Vaccine operations Central Provinces 1886-1899 - 1886-1899
Year: 1886
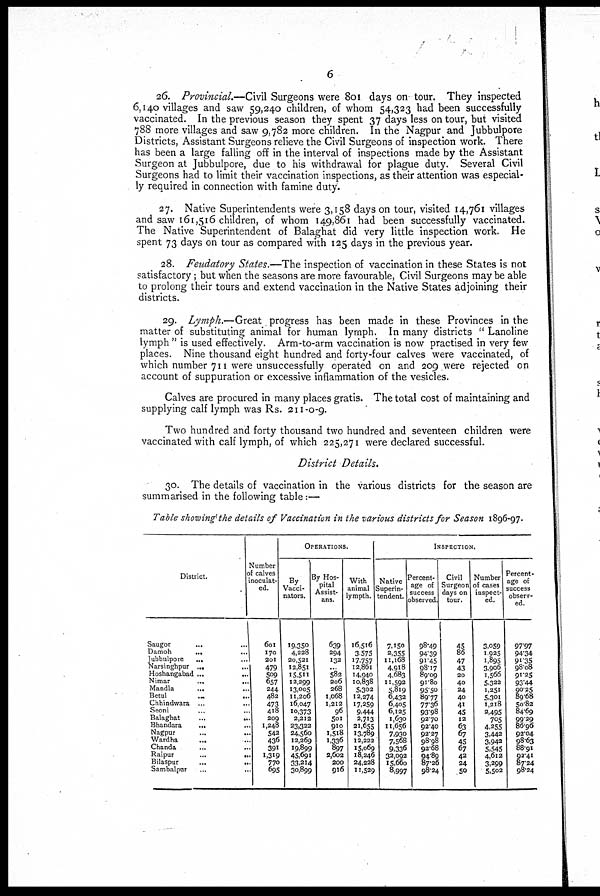
6
26. Provincial.—Civil Surgeons were 801 days on tour. They inspected
6,140 villages and saw 59,240 children, of whom 54,323 had been successfully
vaccinated. In the previous season they spent 37 days less on tour, but visited
788 more villages and saw 9,782 more children. In the Nagpur and Jubbulpore
Districts, Assistant Surgeons relieve the Civil Surgeons of inspection work. There
has been a large falling off in the interval of inspections made by the Assistant
Surgeon at Jubbulpore, due to his withdrawal for plague duty. Several Civil
Surgeons had to limit their vaccination inspections, as their attention was especial-
ly required in connection with famine duty.
27. Native Superintendents were 3,158 days on tour, visited 14,761 villages
and saw 161,516 children, of whom 149,861 had been successfully vaccinated.
The Native Superintendent of Balaghat did very little inspection work. He
spent 73 days on tour as compared with 125 days in the previous year.
28. Feudatory States.—The inspection of vaccination in these States is not
satisfactory; but when the seasons are more favourable, Civil Surgeons may be able
to prolong their tours and extend vaccination in the Native States adjoining their
districts.
29. Lymph.—Great progress has been made in these Provinces in the
matter of substituting animal for human lymph. In many districts " Lanoline
lymph " is used effectively. Arm-to-arm vaccination is now practised in very few
places. Nine thousand eight hundred and forty-four calves were vaccinated, of
which number 711 were unsuccessfully operated on and 209 were rejected on
account of suppuration or excessive inflammation of the vesicles.
Calves are procured in many places gratis. The total cost of maintaining and
supplying calf lymph was Rs. 211 -0-9.
Two hundred and forty thousand two hundred and seventeen children were
vaccinated with calf lymph, of which 225,271 were declared successful.
District Details.
30. The details of vaccination in the various districts for the season are
summarised in the following table:—
Table showing the details of Vaccination in the various districts for Season 1896-97.
District.
Saugor
... ...
Damoh
... ...
Jubbulpore
... ...
Narsinghpur ... ...
Hoshangabad ...
...
Nimar
...
...
Mandla
... ...
Betul
...
...
Chhindwara
... ...
Seoni
... ...
Balaghat
...
...
Bhandara
... ...
Nagpur ... ...
Wardha
... ...
Chanda ... ...
Raipur
...
...
Bilaspur
...
...
Sambalpur
...
...
Number
of calves
inoculat-
ed.
601
170
201
479
509
657
244
482
473
418
209
1,248
542
436
391
1,319
770
695
OPERATIONS.
By
Vacci-
nators.
19,350
4,228
20,521
12,851
15,511
12,299
13,005
11,206
16,047
10,373
2,212
23,322
24,560
12,269
19,899
45,091
33,214
30,899
By Hos-
pital
Assist¬
ans.
639
294
132
...
582
206
268
1,068
1,212
96
501
910
1,518
1,336
897
2,602
200
916
With
animal
lympth.
16,516
3,575
17,757
12,861
14,940
10,838
5,302
12,274
17,259
9,444
2,713
21,655
13,789
12,222
15,069
18,246
24,228
11,529
INSPECTION.
Native
Superin-
tendent.
7,150
2,355
11,168
4,918
4,683
11,592
5,819
6,432
6,405
6,125
1,630
11,656
7,930
7,568
9,336
32,092
15,660
8,997
Percent-
age of
success
observed.
98.49
94.39
91.45
98.17
89.09
91.80
95.50
89.77
77.36
93.98
92.70
92.40
92.27
98.98
92.68
94.89
87.26
98.24
Civil
Surgeon
days on
tour.
45
86
47
43
20
40
24
40
41
45
12
63
67
45
67
42
24
50
Number
of cases
inspect-
ed.
3,059
1,925
1,895
3,906
1,566
5,322
1,251
5,301
1,218
2,495
705
4,255
3,442
3,942
5,545
4,612
3,299
5,502
Percent-
age of
success
observ-
ed.
97.97
94.34
91.35 98.08
91.25
93.44
90.25
89.68
50.82
84.69
99.29
86.96
92.04
98.63
88.91
92.41
87.24
98.24